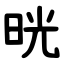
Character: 晄